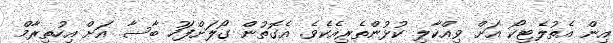
އިން އެތުލެޓިކޯ އަށް ވިއްކާލި ކުޅުންތެރިއެކެވެ. އެގޮތުން ގޯލަށްފަހު ބާސާ އަށް އިހުތިރާމް